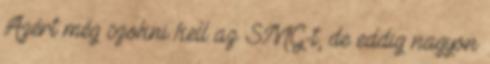
Azért még szokni kell az SMG-t, de eddig nagyon